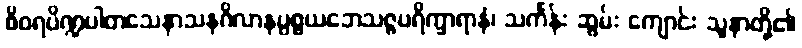
စိဝရပိဏ္ဍပါတသေနာသနဂိလာနပ္ပစ္စယဘေသဇ္ဇပရိက္ခာရာနံ၊ သင်္ကန်း ဆွမ်း ကျောင်း သူနာတို့၏